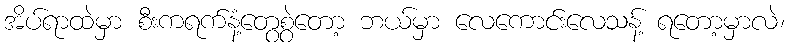
အိပ်ရာထဲမှာ စီးကရက်နံ့တွေစွဲတော့ ဘယ်မှာ လေကောင်းလေသန့် ရတော့မှာလဲ၊